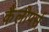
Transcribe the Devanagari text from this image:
कैलीपर्स